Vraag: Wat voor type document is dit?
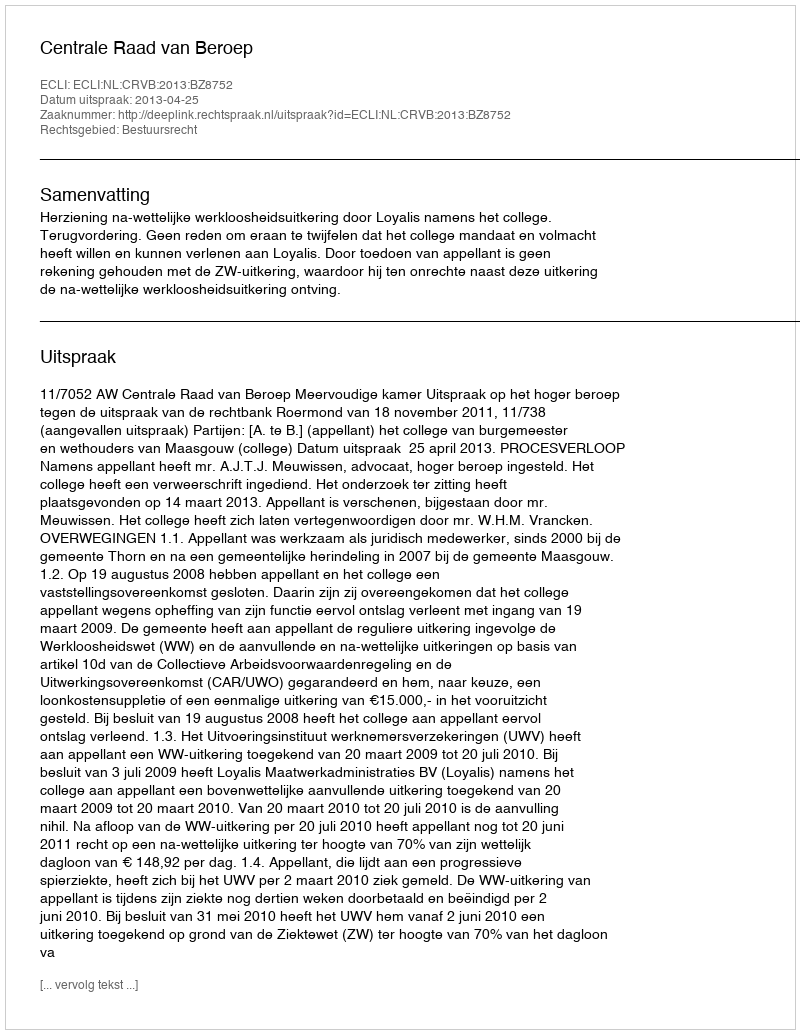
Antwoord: Uitspraak